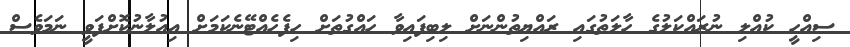
ސިއްހީ ކުއްލި ނުރައްކަލުގެ ހާލަތުގައި ރައްޔިތުންނަށް ލިބިފައިވާ ހައްގުތަށް ހިފެހެއްޓޭނެކަމަށް އިއުލާނުކޮށްފަވީ ނަމަވެސް